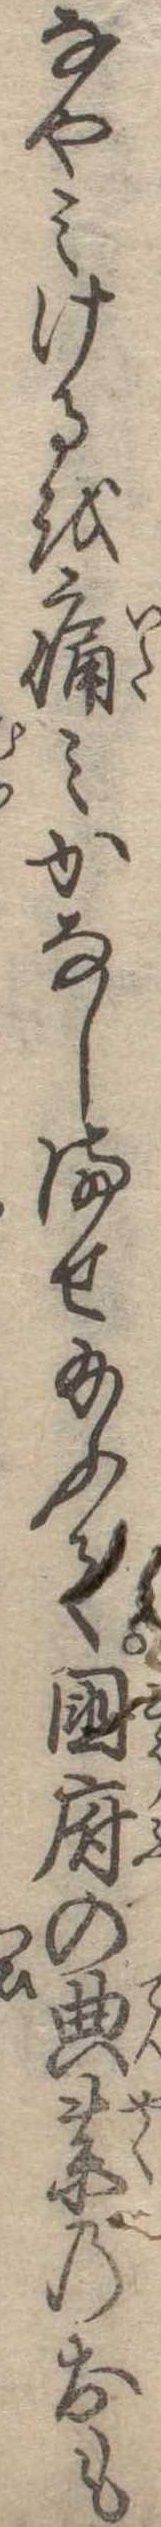
なやみけるを痛みかなしませ給ふて国府の典薬のおも